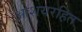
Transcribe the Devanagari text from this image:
आशयरहित